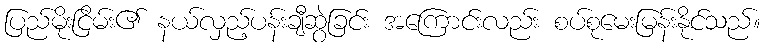
ပြည်မိုးငြိမ်း၏ နယ်လှည့်ပန်းချီဆွဲခြင်း အကြောင်းလည်း စပ်စုမေးမြန်းနိုင်သည်။